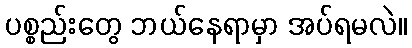
ပစ္စည်းတွေ ဘယ်နေရာမှာ အပ်ရမလဲ။